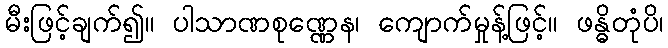
မီးဖြင့်ချက်၍။ ပါသာဏစုဏ္ဏေန၊ ကျောက်မှုန့်ဖြင့်။ ဖန္ဓိတုံပိ၊